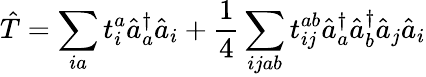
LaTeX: \hat{T}=\sum_{ia}t_{i}^{a}\hat{a}_{a}^{\dagger}\hat{a}_{i}+\frac{1}{4}\sum_{ijab}t_{ij}^{ab}\hat{a}_{a}^{\dagger}\hat{a}_{b}^{\dagger}\hat{a}_{j}\hat{a}_{i}